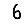
Digit: 6